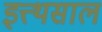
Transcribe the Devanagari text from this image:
इत्त्थसाल